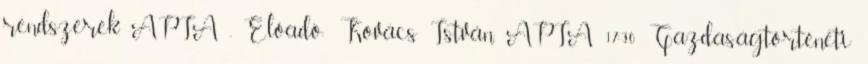
rendszerek APIA , Előadó: Kovács István, APIA 17:30 Gazdaságtörténeti